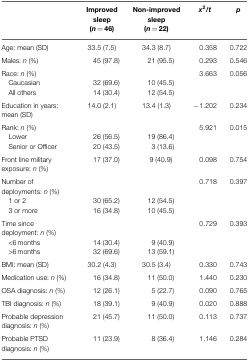
<table><thead><tr><td></td><td><b>Improved sleep (<i>n</i> = 46)</b></td><td><b>Non-improved sleep (<i>n</i> = 22)</b></td><td><b><i>x</i><sup>2</sup><i>/t</i></b></td><td><b><i>p</i></b></td></tr></thead><tbody><tr><td>Age: mean (SD)</td><td>33.5 (7.5)</td><td>34.3 (8.7)</td><td>0.358</td><td>0.722</td></tr><tr><td>Males: <i>n</i> (%)</td><td>45 (97.8)</td><td>21 (95.5)</td><td>0.293</td><td>0.546</td></tr><tr><td>Race: <i>n</i> (%)</td><td></td><td></td><td>3.663</td><td>0.056</td></tr><tr><td> Caucasian</td><td>32 (69.6)</td><td>10 (45.5)</td><td></td><td></td></tr><tr><td> All others</td><td>14 (30.4)</td><td>12 (54.5)</td><td></td><td></td></tr><tr><td>Education in years: mean (SD)</td><td>14.0 (2.1)</td><td>13.4 (1.3)</td><td>−1.202</td><td>0.234</td></tr><tr><td>Rank: <i>n</i> (%)</td><td></td><td></td><td>5.921</td><td>0.015</td></tr><tr><td> Lower</td><td>26 (56.5)</td><td>19 (86.4)</td><td></td><td></td></tr><tr><td> Senior or Officer</td><td>20 (43.5)</td><td>3 (13.6)</td><td></td><td></td></tr><tr><td>Front line military exposure: <i>n</i> (%)</td><td>17 (37.0)</td><td>9 (40.9)</td><td>0.098</td><td>0.754</td></tr><tr><td>Number of deployments: <i>n</i> (%)</td><td></td><td></td><td>0.718</td><td>0.397</td></tr><tr><td> 1 or 2</td><td>30 (65.2)</td><td>12 (54.5)</td><td></td><td></td></tr><tr><td> 3 or more</td><td>16 (34.8)</td><td>10 (45.5)</td><td></td><td></td></tr><tr><td>Time since deployment: <i>n</i> (%)</td><td></td><td></td><td>0.729</td><td>0.393</td></tr><tr><td> &lt;6 months</td><td>14 (30.4)</td><td>9 (40.9)</td><td></td><td></td></tr><tr><td> &gt;6 months</td><td>32 (69.6)</td><td>13 (59.1)</td><td></td><td></td></tr><tr><td>BMI: mean (SD)</td><td>30.2 (4.3)</td><td>30.5 (3.4)</td><td>0.330</td><td>0.743</td></tr><tr><td>Medication use: <i>n</i> (%)</td><td>16 (34.8)</td><td>11 (50.0)</td><td>1.440</td><td>0.230</td></tr><tr><td>OSA diagnosis: <i>n</i> (%)</td><td>12 (26.1)</td><td>5 (22.7)</td><td>0.090</td><td>0.765</td></tr><tr><td>TBI diagnosis: <i>n</i> (%)</td><td>18 (39.1)</td><td>9 (40.9)</td><td>0.020</td><td>0.888</td></tr><tr><td>Probable depression diagnosis: <i>n</i> (%)</td><td>21 (45.7)</td><td>11 (50.0)</td><td>0.113</td><td>0.737</td></tr><tr><td>Probable PTSD diagnosis: <i>n</i> (%)</td><td>11 (23.9)</td><td>8 (36.4)</td><td>1.146</td><td>0.284</td></tr></tbody></table>